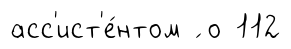
асс'ист'е́нтом ́ о 112